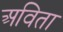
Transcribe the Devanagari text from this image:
अविता